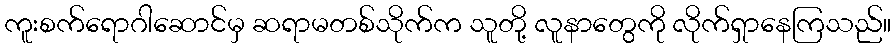
ကူးစက်ရောဂါဆောင်မှ ဆရာမတစ်သိုက်က သူတို့ လူနာတွေကို လိုက်ရှာနေကြသည်။